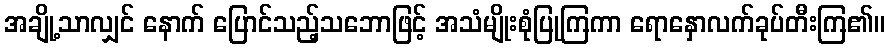
အချို့သာလျှင် နောက် ပြောင်သည့်သဘောဖြင့် အသံမျိုးစုံပြုကြကာ ရောနှောလက်ခုပ်တီးကြ၏။